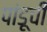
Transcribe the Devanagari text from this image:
पांडूची